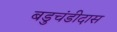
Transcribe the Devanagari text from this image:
बडुचंडीदास